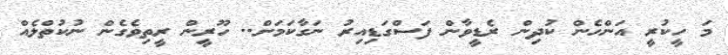
މަ ހީކުރީ އަންހެން ކުދިން ރެޑީވާން ފަސްގަޑިއިރު ނަގާކަމަށް.. ހޫރީން ރީތިވެގެން ނުކުތްލެއް